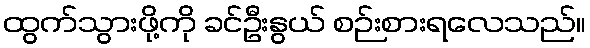
ထွက်သွားဖို့ကို ခင်ဦးနွယ် စဉ်းစားရလေသည်။